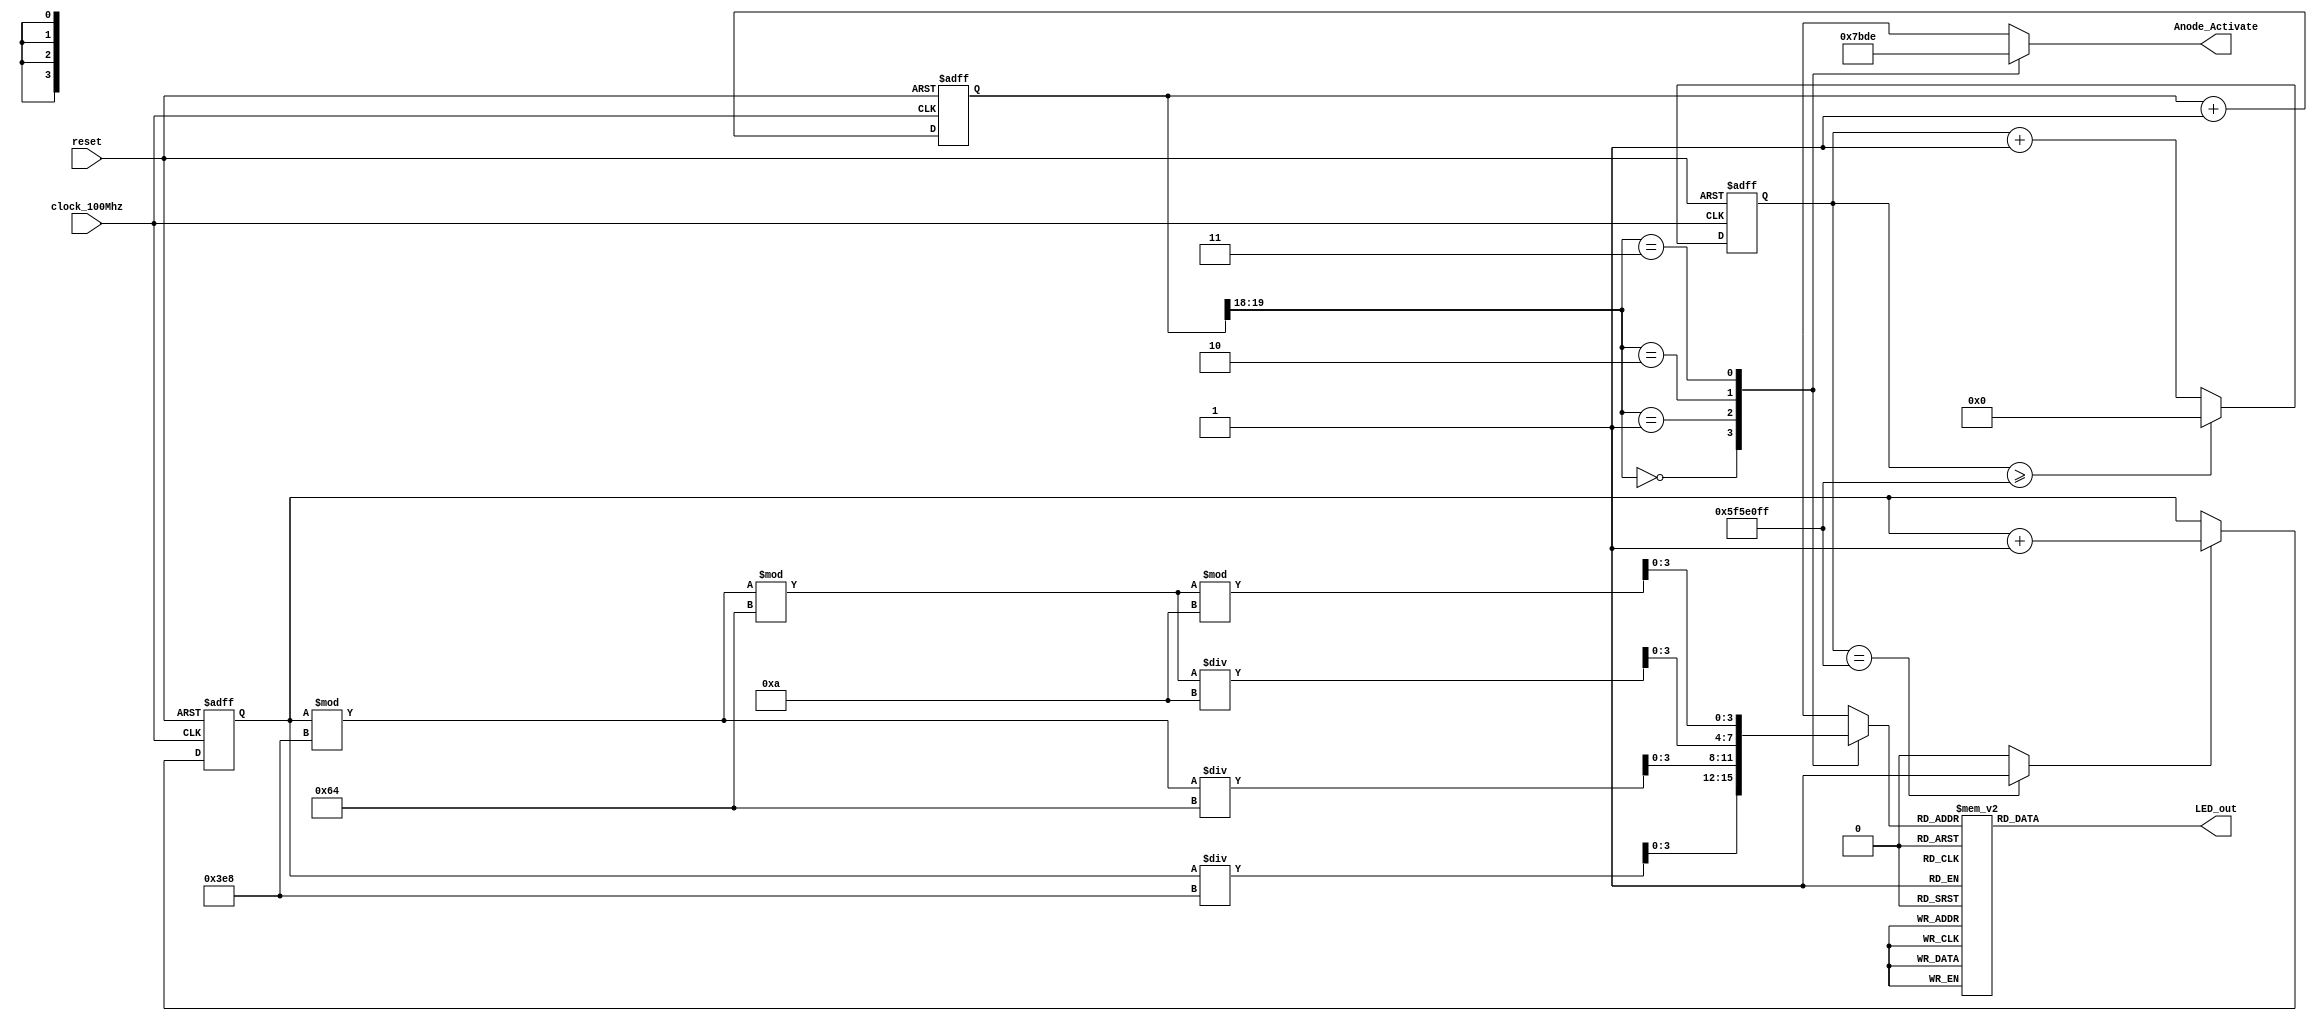
`timescale 1ns / 1ps
module seven_segment(
    input clock_100Mhz, // 100 Mhz clock source on Basys 3 FPGA
    input reset, // reset
    output reg [3:0] Anode_Activate, // anode signals of the 7-segment LED display
    output reg [6:0] LED_out// cathode patterns of the 7-segment LED display
    
    );
    reg [26:0] one_second_counter; // counter for generating 1 second clock enable
    wire one_second_enable;// one second enable for counting numbers
//    reg [15:0] displayed_number; // counting number to be displayed
    reg [15:0] displayed_number;
    reg [3:0] LED_BCD;
    reg [19:0] refresh_counter; // 20-bit for creating 10.5ms refresh period or 380Hz refresh rate
             // the first 2 MSB bits for creating 4 LED-activating signals with 2.6ms digit period
    wire [1:0] LED_activating_counter; 
                 // count     0    ->  1  ->  2  ->  3
              // activates    LED1    LED2   LED3   LED4
             // and repeat
    always @(posedge clock_100Mhz or posedge reset)
    begin
        if(reset==1)
            one_second_counter <= 0;
        else begin
            if(one_second_counter>=99999999) 
                 one_second_counter <= 0;
            else
                one_second_counter <= one_second_counter + 1;
        end
    end 
    assign one_second_enable = (one_second_counter==99999999)?1:0;
   always @(posedge clock_100Mhz or posedge reset)
    begin
        if(reset==1)
            displayed_number <= 0;
        else if(one_second_enable==1)
            displayed_number <= displayed_number + 1;
    end
    always @(posedge clock_100Mhz or posedge reset)
    begin 
        if(reset==1)
            refresh_counter <= 0;
        else
            refresh_counter <= refresh_counter + 1;
    end 
    assign LED_activating_counter = refresh_counter[19:18];
    // anode activating signals for 4 LEDs, digit period of 2.6ms
    // decoder to generate anode signals 
    always @(*)
    begin
        case(LED_activating_counter)
        2'b00: begin
            Anode_Activate = 4'b0111; 
            // activate LED1 and Deactivate LED2, LED3, LED4
            LED_BCD = displayed_number/1000;
            // the first digit of the 16-bit number
              end
        2'b01: begin
            Anode_Activate = 4'b1011; 
            // activate LED2 and Deactivate LED1, LED3, LED4
            LED_BCD = (displayed_number % 1000)/100;
            // the second digit of the 16-bit number
              end
        2'b10: begin
            Anode_Activate = 4'b1101; 
            // activate LED3 and Deactivate LED2, LED1, LED4
            LED_BCD = ((displayed_number % 1000)%100)/10;
            // the third digit of the 16-bit number
                end
        2'b11: begin
            Anode_Activate = 4'b1110; 
            // activate LED4 and Deactivate LED2, LED3, LED1
            LED_BCD = ((displayed_number % 1000)%100)%10;
            // the fourth digit of the 16-bit number    
               end
        endcase
    end
    // Cathode patterns of the 7-segment LED display 
    always @(*)
    begin
        case(LED_BCD)
        4'b0000: LED_out = 7'b0000001; // "0"     
        4'b0001: LED_out = 7'b1001111; // "1" 
        4'b0010: LED_out = 7'b0010010; // "2" 
        4'b0011: LED_out = 7'b0000110; // "3" 
        4'b0100: LED_out = 7'b1001100; // "4" 
        4'b0101: LED_out = 7'b0100100; // "5" 
        4'b0110: LED_out = 7'b0100000; // "6" 
        4'b0111: LED_out = 7'b0001111; // "7" 
        4'b1000: LED_out = 7'b0000000; // "8"     
        4'b1001: LED_out = 7'b0000100; // "9" 
        default: LED_out = 7'b0000001; // "0"
        endcase
    end
endmodule